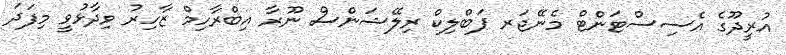
އުރީދޫގެ އެސިސްޓަންޓް މެނޭޖަރ ޕަބްލިކް ރިލޭޝަންސް ނޫރާ އިބްރާހިމް ޒާހިރު ވިދާޅުވީ މިފަދަ